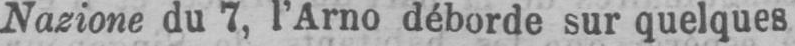
Nazione du 7, l’Arno déborde sur quelques